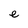
Character: e